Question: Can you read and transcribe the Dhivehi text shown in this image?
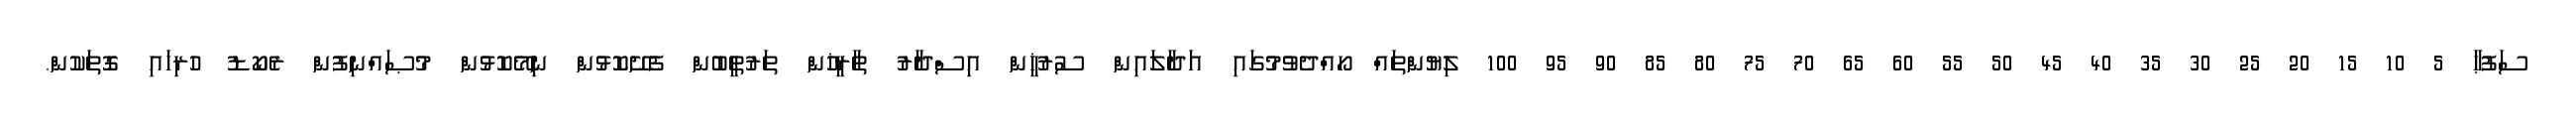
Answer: ސަފުޙާ 5 10 15 20 25 30 35 40 45 50 55 60 65 70 75 80 85 90 95 100 ލިޔުންތައް ހޯއްދެވުމުގައި އަދާލައިން ސުރުޚީން އިސްދާރު ތާރީޚުން ތަރުތީބުން ފެށޭކޮޅުން ނިމޭކޮޅުން މުޞައްނިފުން ރެކޯޑު ހުރިހައި ގޮތަކުން.